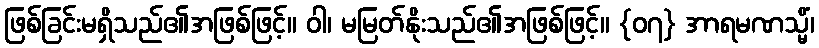
ဖြစ်ခြင်းမရှိသည်၏အဖြစ်ဖြင့်။ ဝါ၊ မမြတ်နိုးသည်၏အဖြစ်ဖြင့်။ {၀၇} အာရမဏသ္မိံ၊